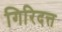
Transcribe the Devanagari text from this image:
गिरिदत्त